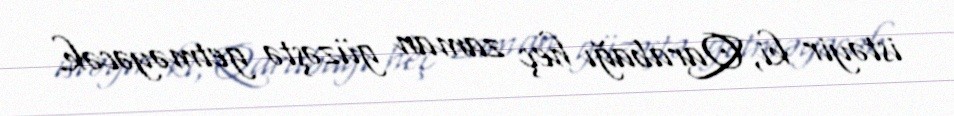
istəyir ki, Qarabağı heç zaman güzəştə getməyəcək.